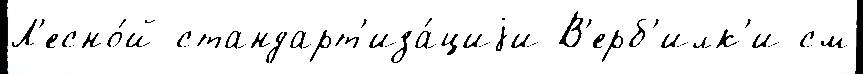
Л'есно́й стандарт'иза́циjи В'ерб'илк'и см